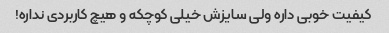
کیفیت خوبی داره ولی سایزش خیلی کوچکه و هیچ کاربردی نداره!